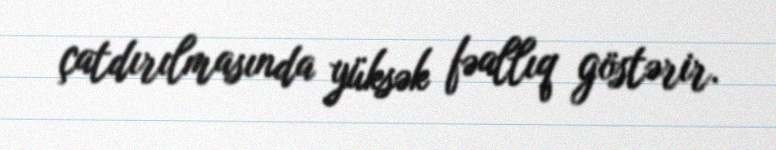
çatdırılmasında yüksək fəallıq göstərir.